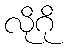
လိုဂို